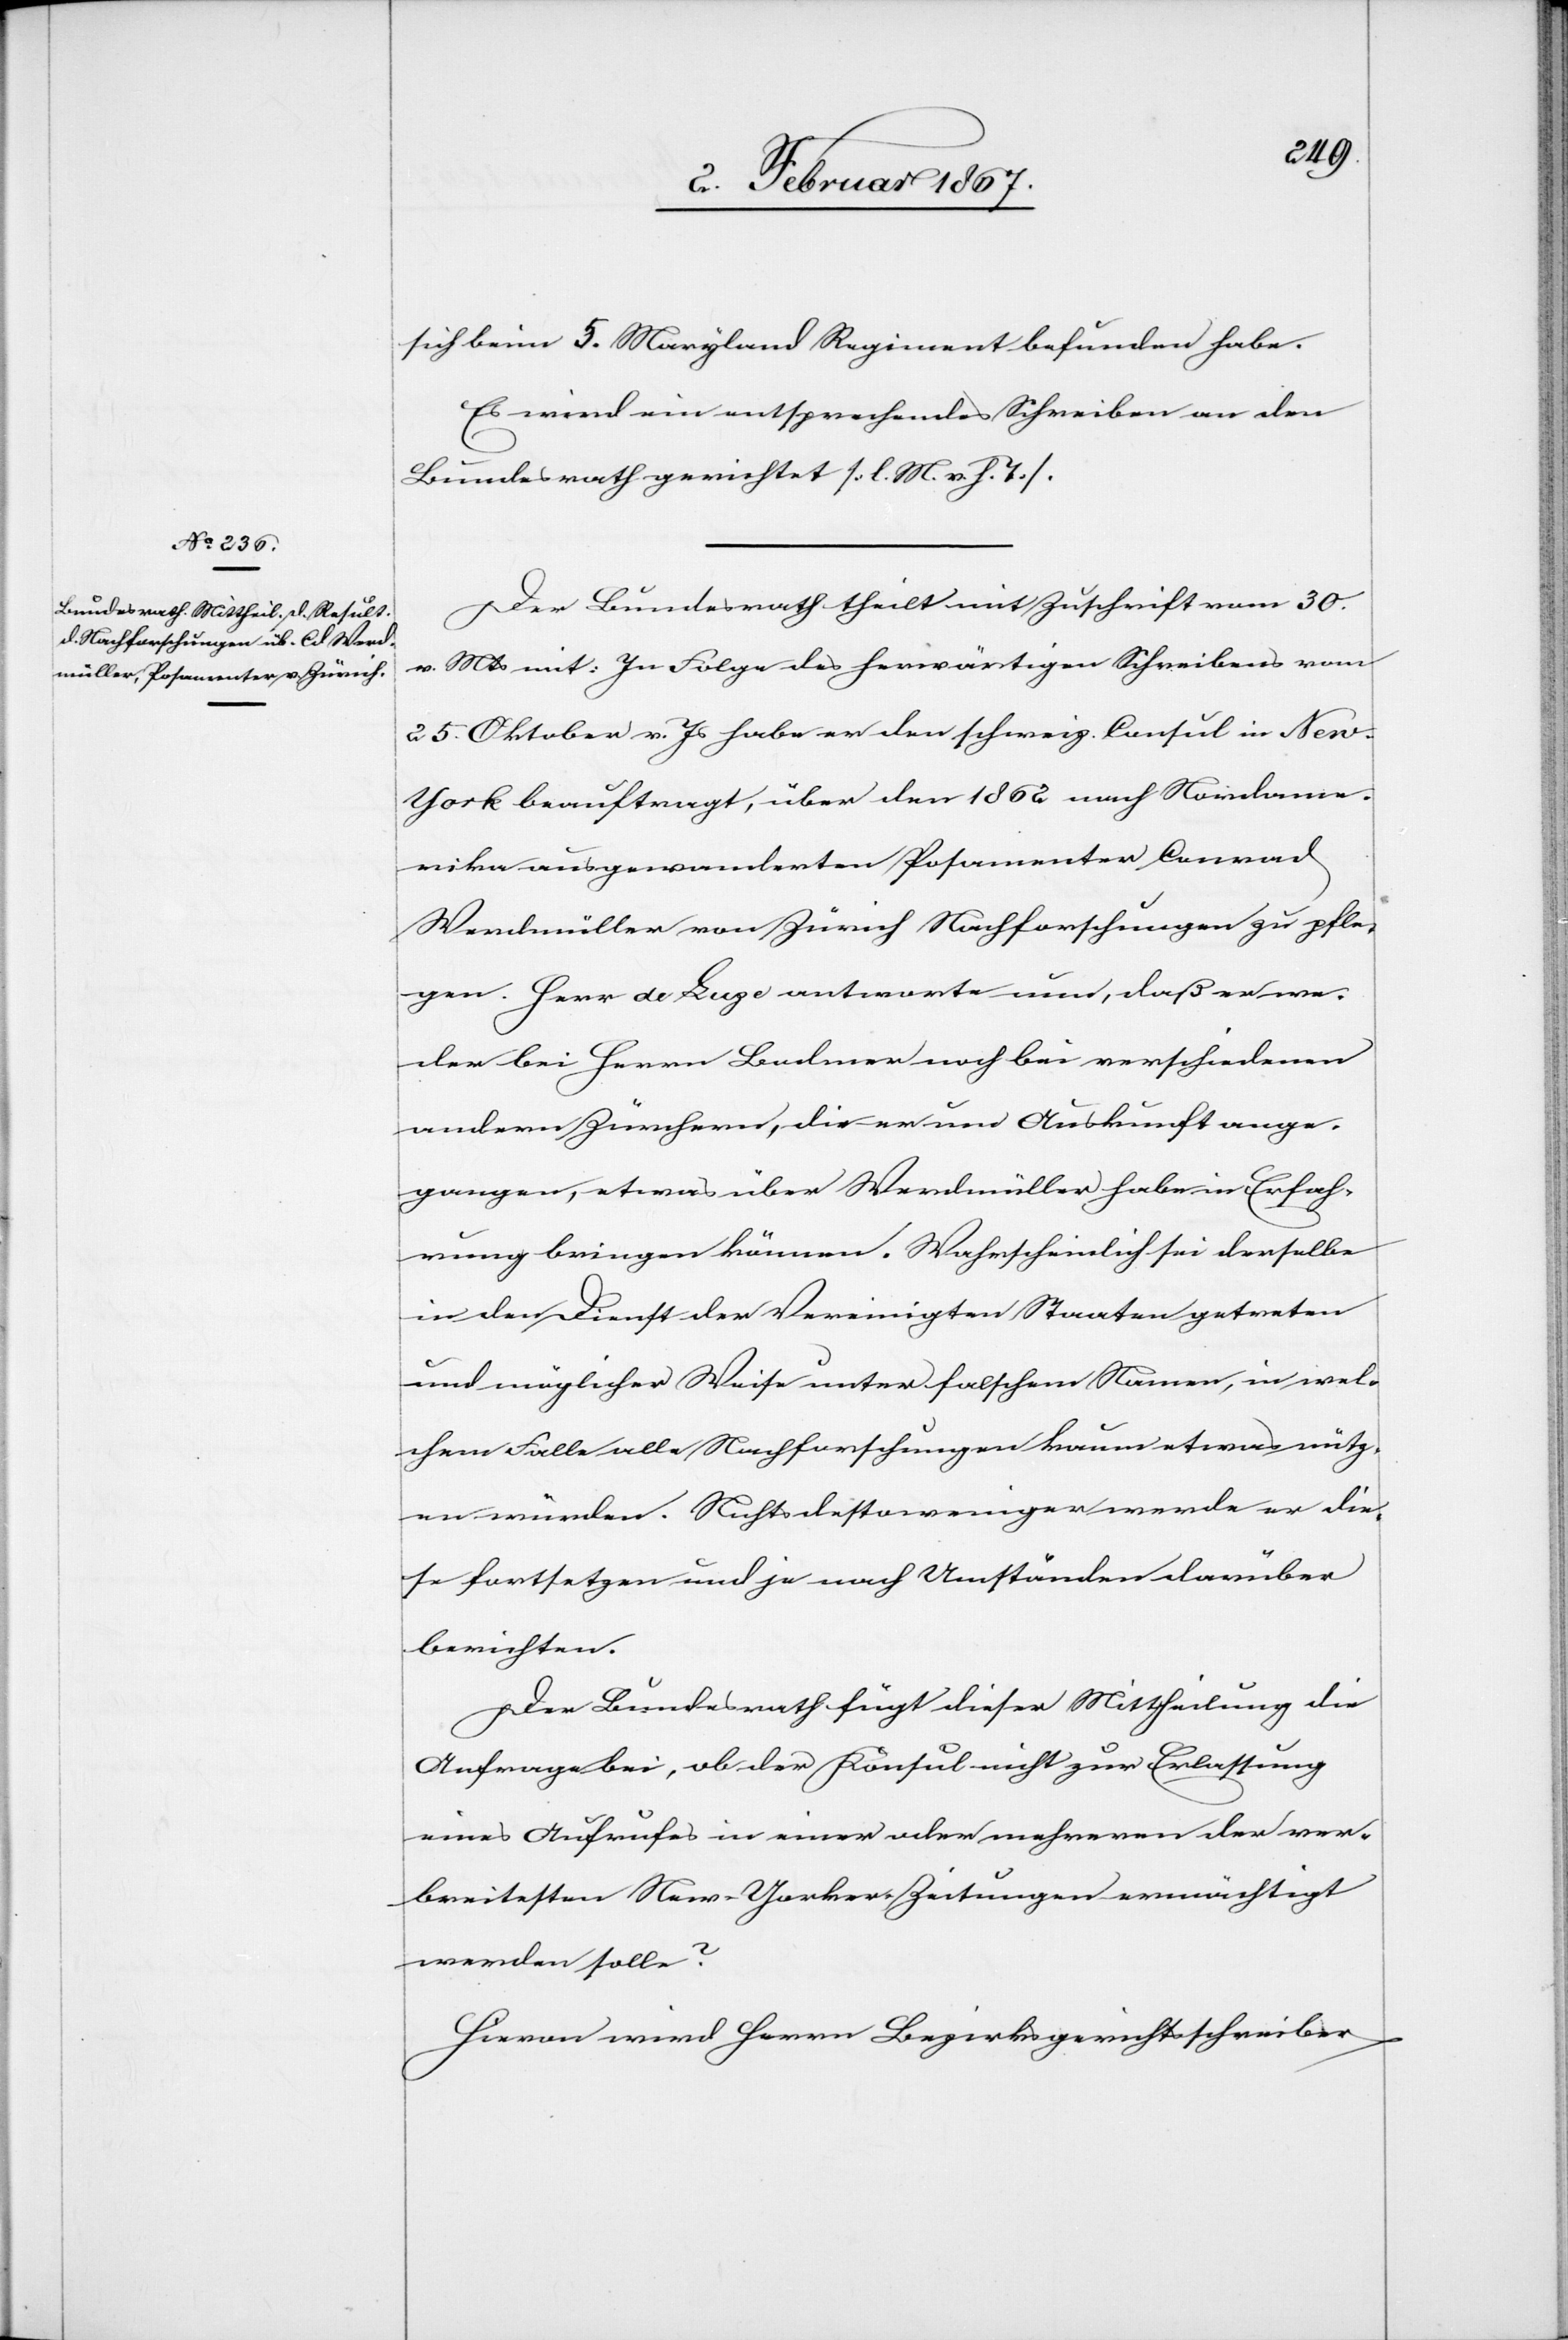
4. Februar 1867.]
sich beim 5. Maryland Regiment befunden habe.
Es wird ein entsprechendes Schreiben an den
Bundesrath gerichtet (l. M. v. h. T.)
Der Bundesrath theilt mit Zuschrift vom 30.
v. Mts mit: In Folge des herwärtigen Schreibens vom
25. Oktober v. Js habe er den schweiz. Consul in New-Y¬
ork beauftragt, über den 1862 nach Nordame¬
rika ausgewanderten Posamenter Conrad
Werdmüller von Zürich Nachforschung zu pfle¬
gen. Herr de Luze antworte nun, daß er we¬
der bei Herrn Bodmer noch bei verschiedenen
andern Zürchern, die er um Auskunft ange¬
gangen, etwas über Werdmüller habe in Erfah¬
rung bringen können. Wahrscheinlich sei derselbe
in den Dienst der Vereinigten Staaten getreten
und möglicher Weise unter falschem Namen, in wel¬
chem Falle alle Nachforschungen kaum etwas nütz¬
en würden. Nichts destoweniger werde er die¬
se fortsetzen und ja nach Umständen darüber
berichten.
Der Bundesrath fügt dieser Mittheilung die
Anfrage bei, ob der Konsul nicht zur Erlassung
eines Aufrufes in einer oder mehreren der ver¬
breitesten New-Yorker Zeitungen ermächtigt
werden solle?
Hievon wird Herrn Bezirksgerichtsschreiber